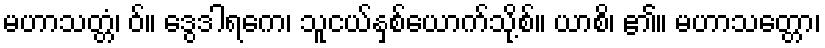
မဟာသတ္တံ၊ ဝ်။ ဒွေဒါရကေ၊ သူငယ်နှစ်ယောက်သို့စ်။ ယာစိ၊ ၏။ မဟာသတ္တော၊